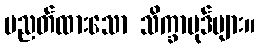
ပညတ်ထားသော သိက္ခာပုဒ်များ။